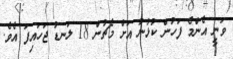
ވަނީ އެންމެ ފަހުން ކުޅުނު އަށް މެޗުން 18 ލަނޑު ޖަހައިފަ އެވެ.